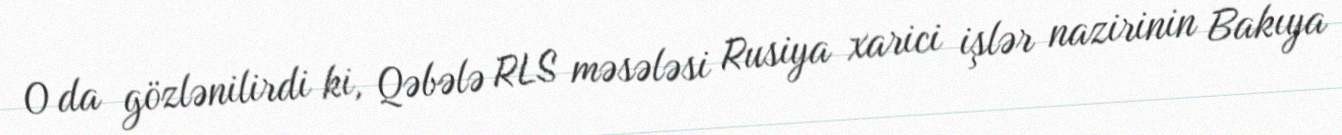
O da gözlənilirdi ki, Qəbələ RLS məsələsi Rusiya xarici işlər nazirinin Bakıya